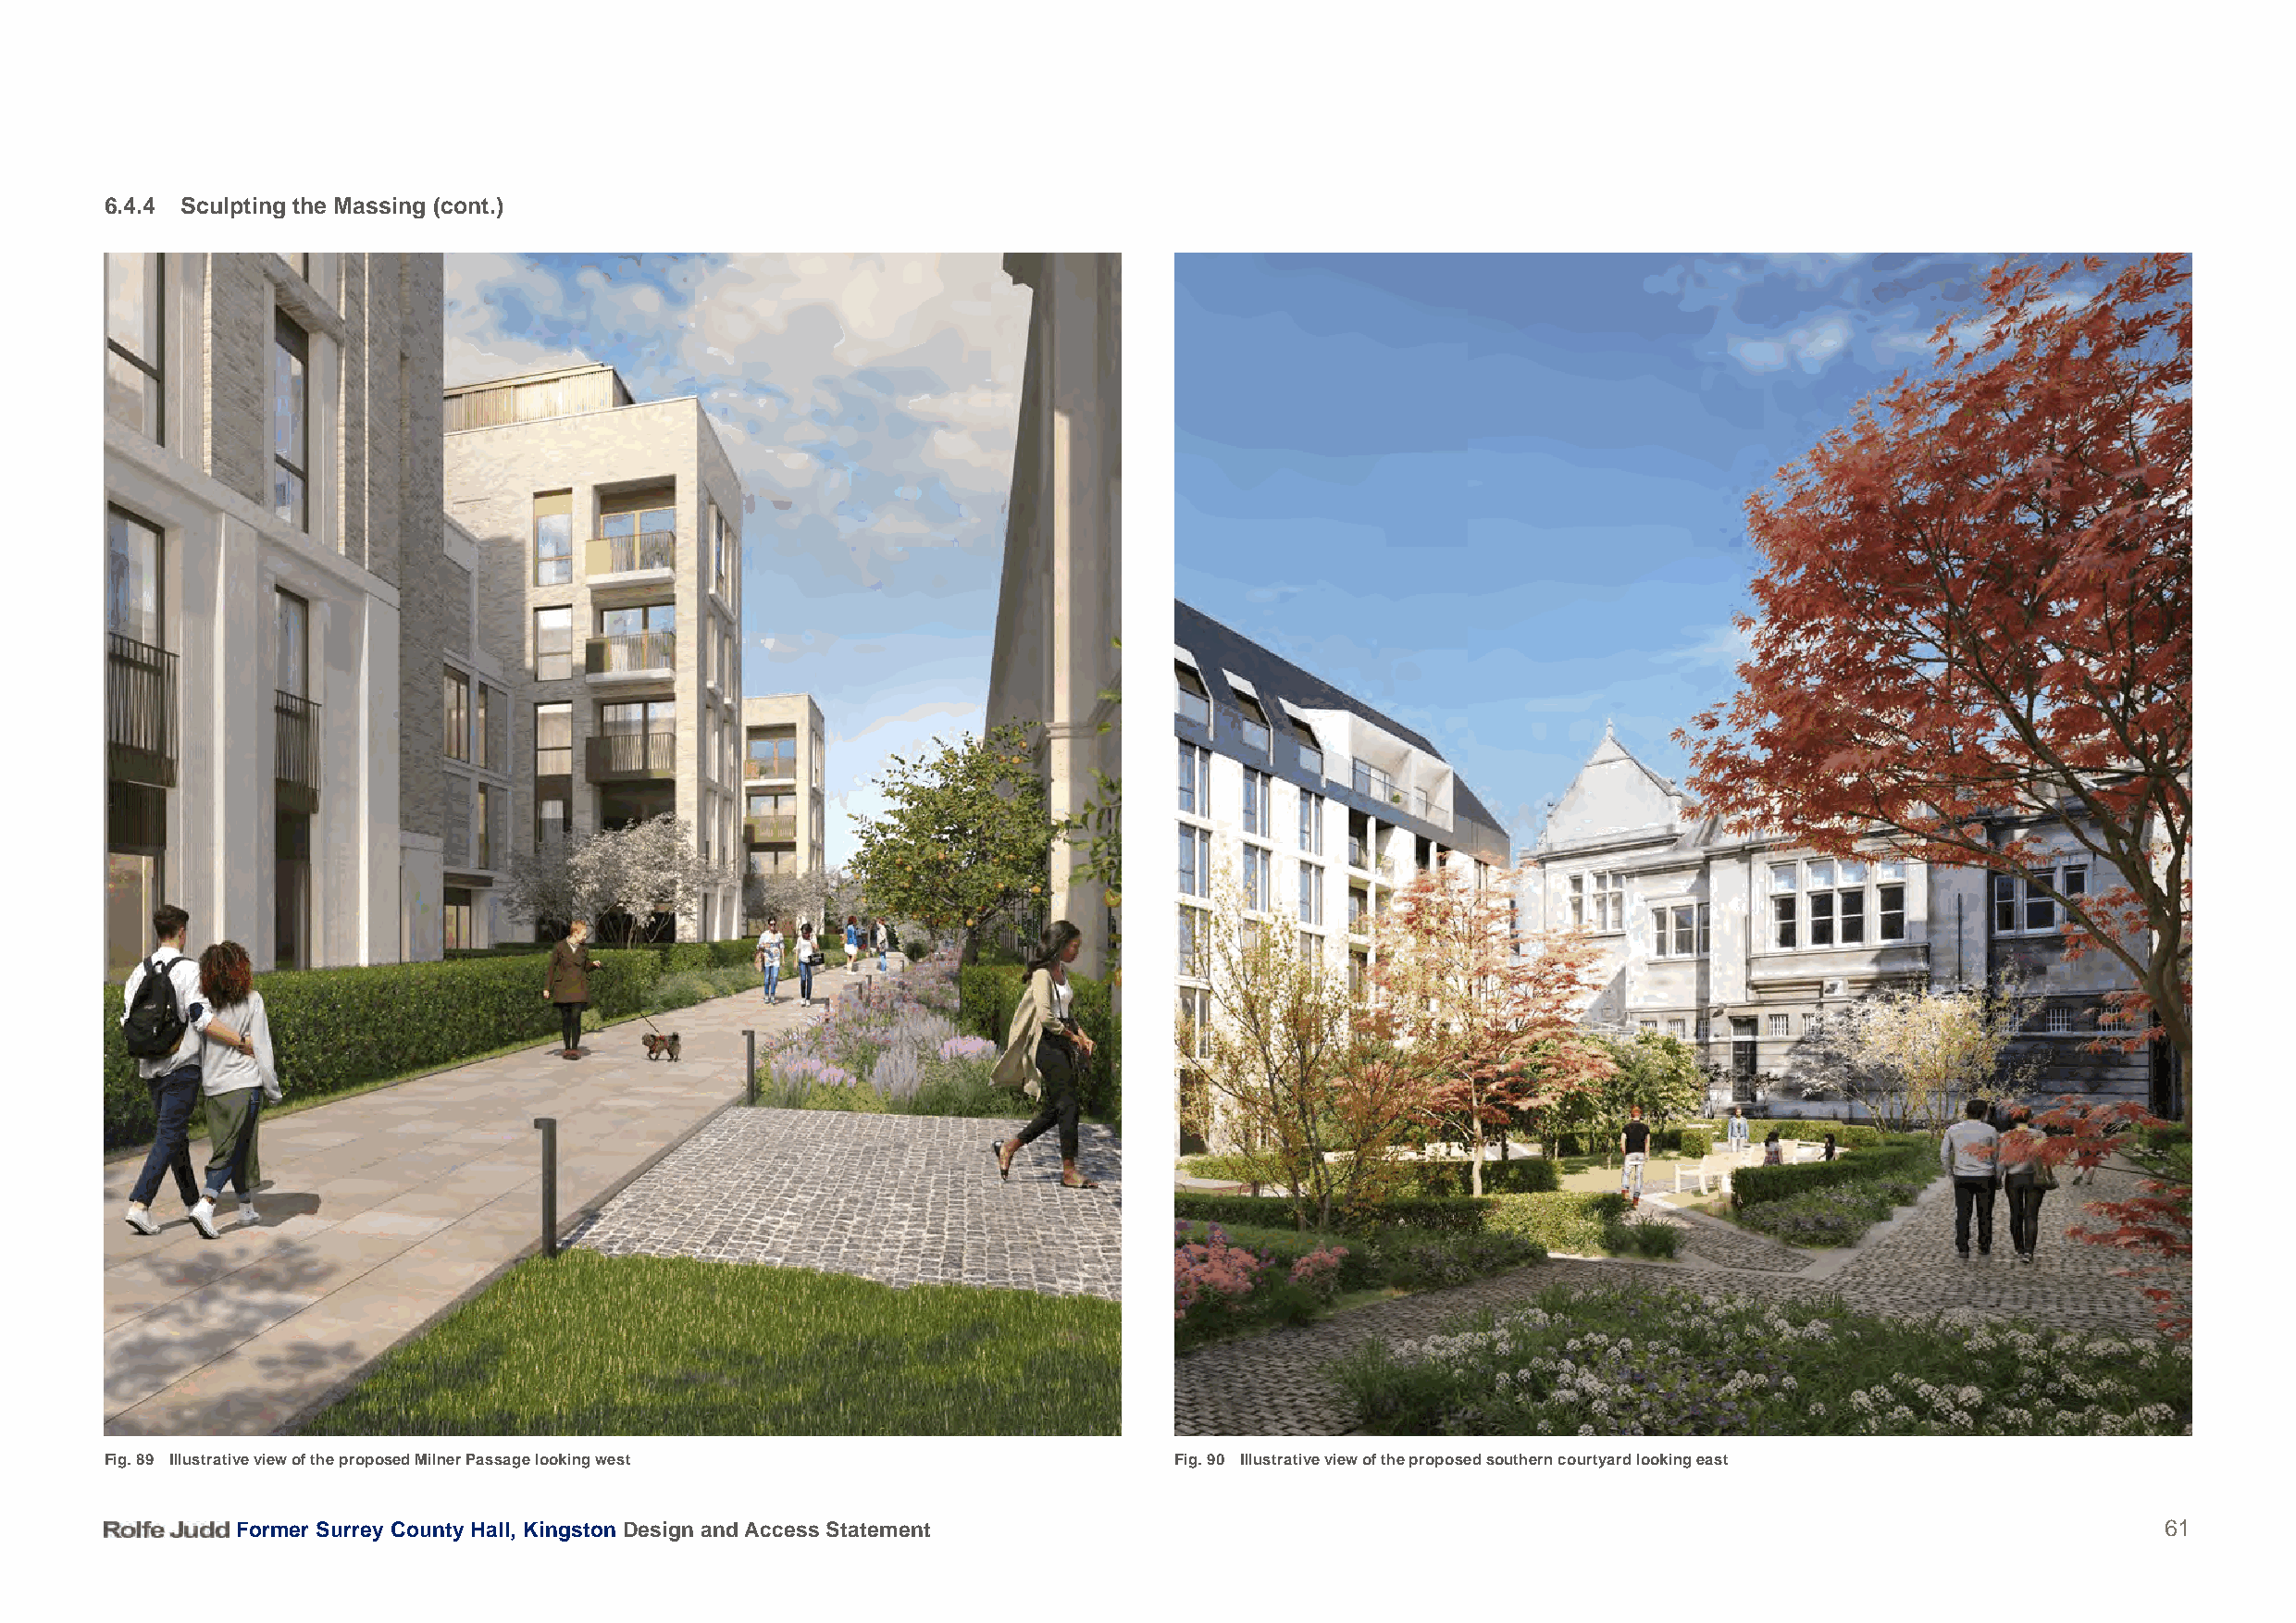
6.4.4 Sculpting the Massing (cont.)
 Fig. 89 Illustrative view of the proposed Milner Passage looking west        Fig. 90 Illustrative view of the proposed southern courtyard looking east
 Former Surrey County Hall, Kingston Design and Access Statement                                                                           61